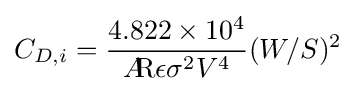
C_{D,i}={\frac {4.822\times 10^{4}}{A\!\!{\text{R}}\epsilon \sigma ^{2}V^{4}}}(W/S)^{2}